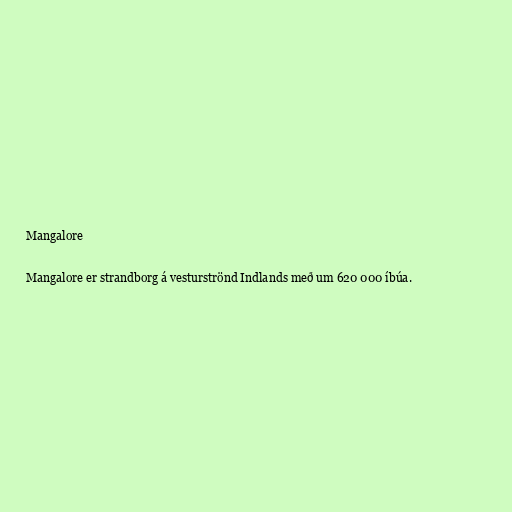
Mangalore

Mangalore er strandborg á vesturströnd Indlands með um 620 000 íbúa.